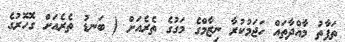
ތަފާތު މާއްދާތައް ހަޖަމުކުރާ ނިޒާމްގެ މަގުގެ ތެރެއަށް ( ބަނޑު ތެރެއަށް ގޮހޮރުގެ